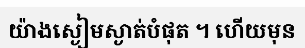
យ៉ាងស្ងៀមស្ងាត់បំផុត ។ ហើយមុន